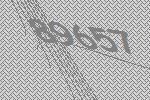
89657